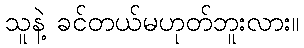
သူနဲ့ ခင်တယ်မဟုတ်ဘူးလား။